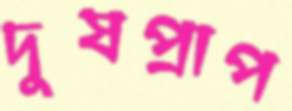
দুষপ্রাপ